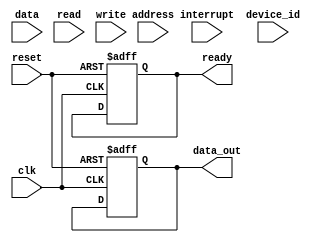
module ahb_controller (
    input wire clk,
    input wire reset,
    input wire [31:0] address,
    input wire [31:0] data,
    input wire read,
    input wire write,
    input wire interrupt,
    input wire [3:0] device_id,
    output reg [31:0] data_out,
    output reg ready
);

reg [31:0] internal_data;
reg [31:0] internal_address;
reg internal_read;
reg internal_write;
reg internal_interrupt;
reg [3:0] internal_device_id;

always @(posedge clk or posedge reset) begin
    if (reset) begin
        internal_data <= 0;
        internal_address <= 0;
        internal_read <= 0;
        internal_write <= 0;
        internal_interrupt <= 0;
        internal_device_id <= 0;
        ready <= 0;
        data_out <= 0;
    end else begin
        internal_address <= address;
        internal_data <= data;
        internal_read <= read;
        internal_write <= write;
        internal_interrupt <= interrupt;
        internal_device_id <= device_id;
    end
end

// Implement arbitration mechanism to manage bus access requests from multiple devices
// Your arbitration logic goes here

// Handle timing control for data transfers
// Your timing control logic goes here

// Handle synchronization between devices on the bus
// Your synchronization logic goes here

endmodule